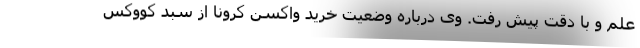
علم و با دقت پیش رفت. وی درباره وضعیت خرید واکسن کرونا از سبد کووکسِ